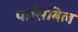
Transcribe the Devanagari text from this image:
पासिबिल